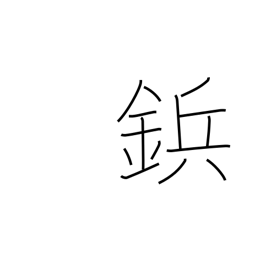
Meaning: rivet